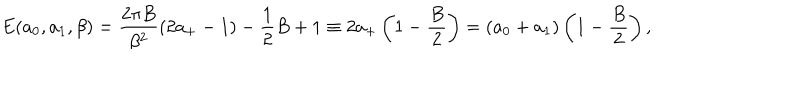
E ( a _ { 0 } , a _ { 1 } , \beta ) = \frac { 2 \pi B } { \beta ^ { 2 } } ( 2 a _ { + } - 1 ) - \frac { 1 } { 2 } B + 1 \equiv 2 a _ { + } \left( 1 - \frac { B } { 2 } \right) = ( a _ { 0 } + a _ { 1 } ) \left( 1 - \frac { B } { 2 } \right) ,